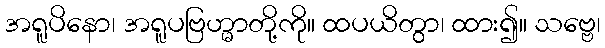
အရူပိနော၊ အရူပဗြဟ္မာတို့ကို။ ထပယိတွာ၊ ထား၍။ သဗ္ဗေ၊